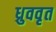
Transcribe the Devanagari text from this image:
ध्रुववृत